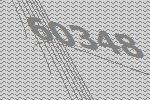
60348